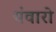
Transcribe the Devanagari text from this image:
पंवारो